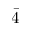
\bar { 4 }